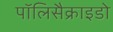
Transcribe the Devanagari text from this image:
पॉलिसैक्राइडो